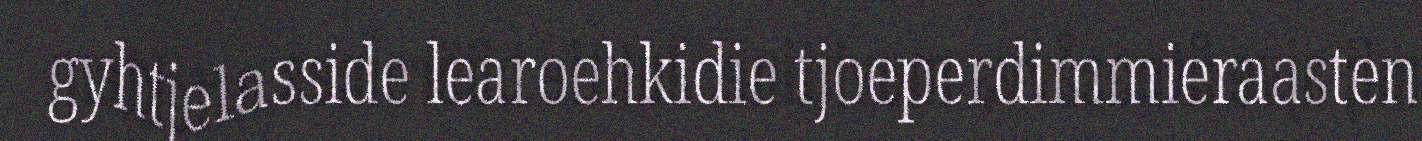
gyhtjelasside learoehkidie tjoeperdimmieraasten